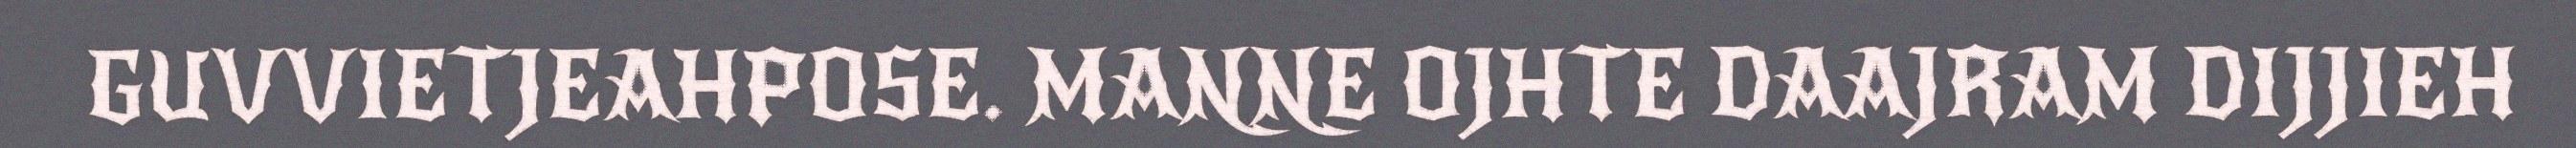
GUVVIETJEAHPOSE. MANNE OJHTE DAAJRAM DIJJIEH